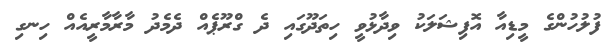
ފުލުހުންގެ މީޑިއާ އޮފިޝަލަކު ވިދާޅުވީ ހިތަދޫގައި ދެ ގްރޫޕެއް ދެމެދު މާރާމާރީއެއް ހިނގި